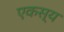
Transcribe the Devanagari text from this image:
एकस्य